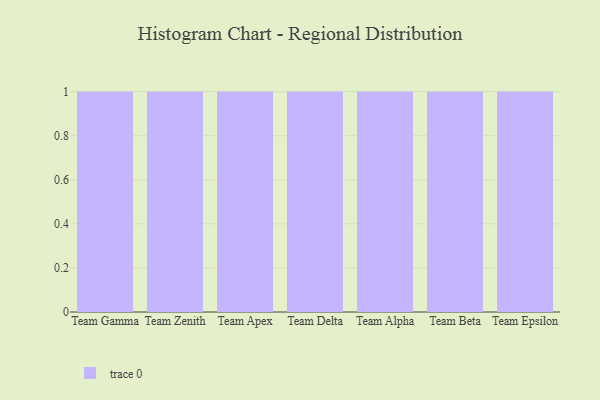
{"axis": {"x": "Team", "y": "Budget (USD K)"}, "legend": [""], "data": [{"x": "Team Gamma", "y": 72, "type": ""}, {"x": "Team Zenith", "y": 51, "type": ""}, {"x": "Team Apex", "y": 61, "type": ""}, {"x": "Team Delta", "y": 66, "type": ""}, {"x": "Team Alpha", "y": 86, "type": ""}, {"x": "Team Beta", "y": 5, "type": ""}, {"x": "Team Epsilon", "y": 10, "type": ""}]}